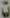
تا